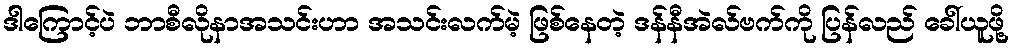
ဒါကြောင့်ပဲ ဘာစီလိုနာအသင်းဟာ အသင်းလက်မဲ့ ဖြစ်နေတဲ့ ဒန်နီအဲလ်ဗက်ကို ပြန်လည် ခေါ်ယူဖို့